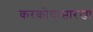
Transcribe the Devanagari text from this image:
करकोचासारखा